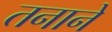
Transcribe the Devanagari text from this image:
तनाने